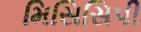
મિસિસિપી